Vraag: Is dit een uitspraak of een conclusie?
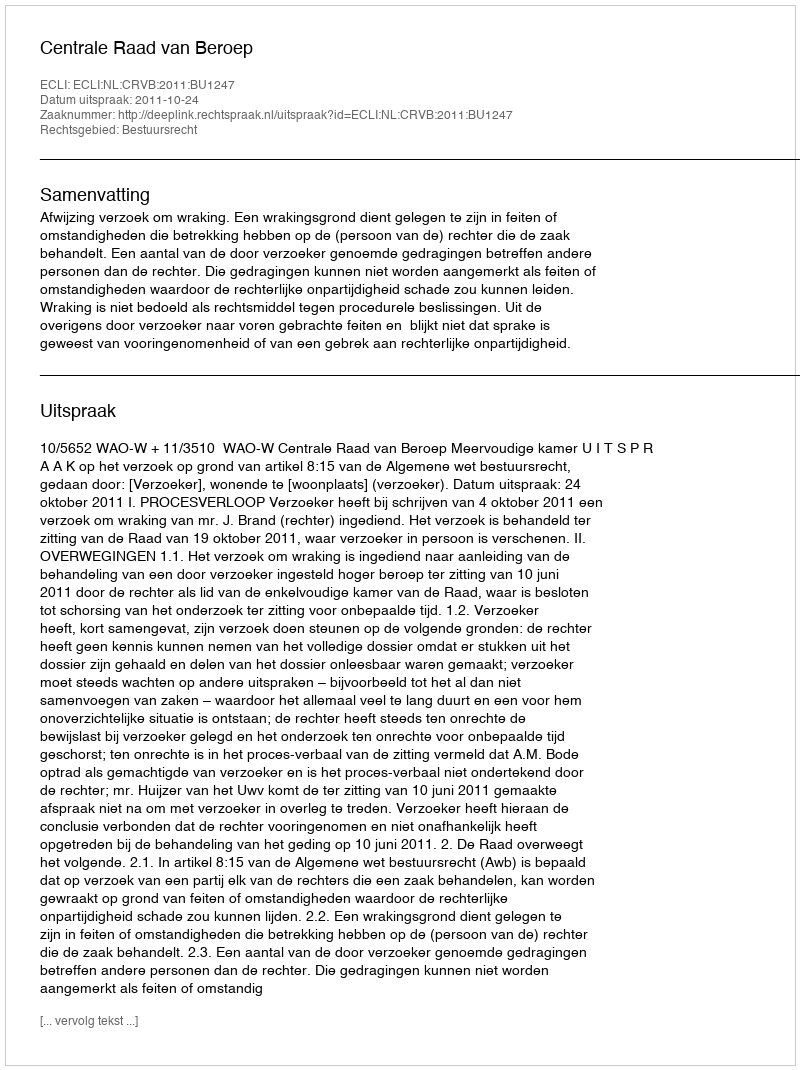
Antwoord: Uitspraak